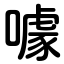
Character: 噱